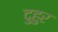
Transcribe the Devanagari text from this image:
दुहुर